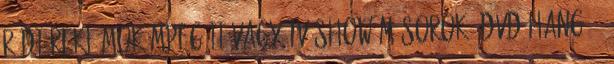
rádióreklámok MPEG II vagy TV show mûsorok, DVD-hang 24